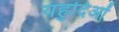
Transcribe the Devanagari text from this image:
यहुदिओं